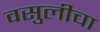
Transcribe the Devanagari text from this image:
वसुलीचा